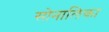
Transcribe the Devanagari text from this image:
सोनालिका